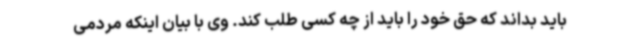
باید بداند که حق خود را باید از چه کسی طلب کند. وی با بیان اینکه مردمی